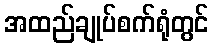
အထည်ချုပ်စက်ရုံတွင်